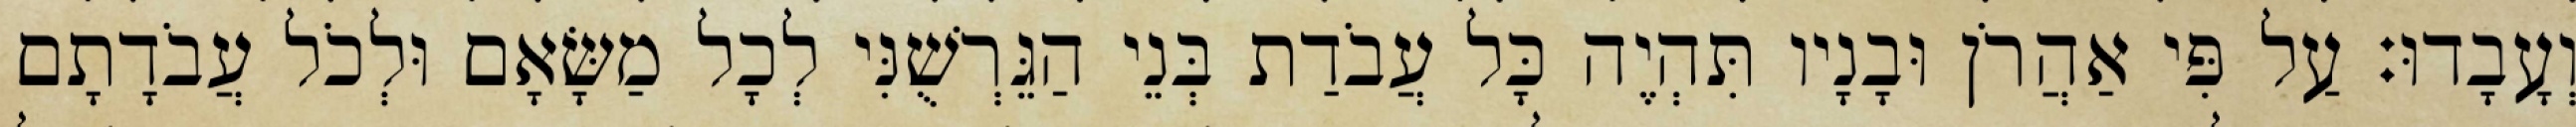
וְעָבָדוּ׃ עַל פִּי אַהֲרֹן וּבָנָיו תִּהְיֶה כָּל עֲבֹדַת בְּנֵי הַגֵּרְשֻׁנִּי לְכָל מַשָּׂאָם וּלְכֹל עֲבֹדָתָם